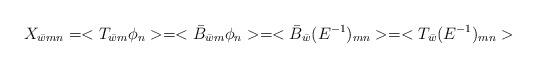
LaTeX: \begin{align*}X_{\bar{w}mn} = <T_{\bar{w}m} \phi_{n}> = <\bar{B}_{\bar{w}m}\phi_{n}> = <\bar{B}_{\bar{w}} (E^{-1})_{mn}> = <T_{\bar{w}} (E^{-1})_{mn}> \end{align*}